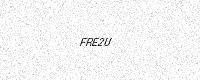
Text: FRE2U